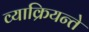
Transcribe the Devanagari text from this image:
व्याक्रियन्ते